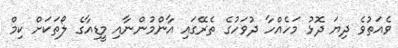
ވެއަތުވެ ދިޔަ ދޮޅު މަހެއްހާ ދުވަހުގެ ތެރޭގައި އާންމުންނާއި މީޑިއާގެ ލޯތަކަށް ކިމް